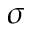
\sigma